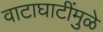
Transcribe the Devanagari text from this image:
वाटाघाटींमुळे